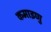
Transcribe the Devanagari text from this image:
कमाइणु